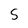
Character: s